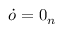
\dot { o } = 0 _ { n }